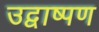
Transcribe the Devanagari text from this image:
उद्वाष्पण